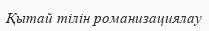
Қытай тілін романизациялау